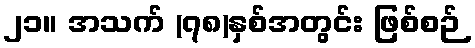
၂၁။ အသက် (၇၈)နှစ်အတွင်း ဖြစ်စဉ်